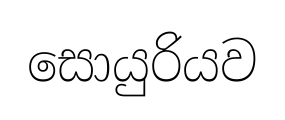
සොයුරියව